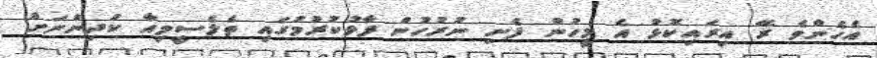
އެހެންވެ ރޭ އިރައިކޮޅު އެ މީހުން ފެށި ނުރުހުން ފާޅުކުރުމުގައި ތެލެސީމިއާ ކުދިންނަށް